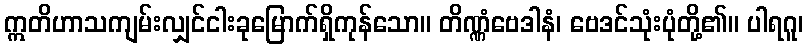
ဣတိဟာသကျမ်းလျှင်ငါးခုမြောက်ရှိကုန်သော။ တိဏ္ဏံဗေဒါနံ၊ ဗေဒင်သုံးပုံတို့၏။ ပါရဂူ၊